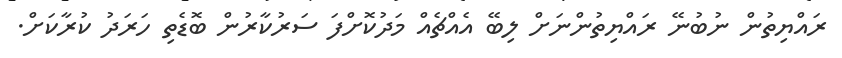
ރައްޔިތުން ނުބުނޭ ރައްޔިތުންނަށް ލިބޭ އެއްޗެއް މަދުކޮށްފަ ސަރުކާރުން ބޮޑެތި ހަރަދު ކުރާކަށް.